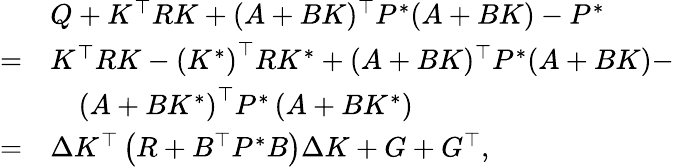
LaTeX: \begin{array}{rl}&{Q+{K}^{\top}R{K}+(A+B{K})^{\top}P^{*}(A+B{K})-P^{*}}\\ {=}&{{K}^{\top}R{K}-\left({K^{*}}\right)^{\top}RK^{*}+(A+B{K})^{\top}P^{*}(A+B{K})-}\\ &{\quad\left(A+BK^{*}\right)^{\top}P^{*}\left(A+BK^{*}\right)}\\ {=}&{\Delta K^{\top}\left(R+B^{\top}P^{*}B\right)\Delta K+G+G^{\top},}\end{array}